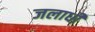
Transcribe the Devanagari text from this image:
जलाधी